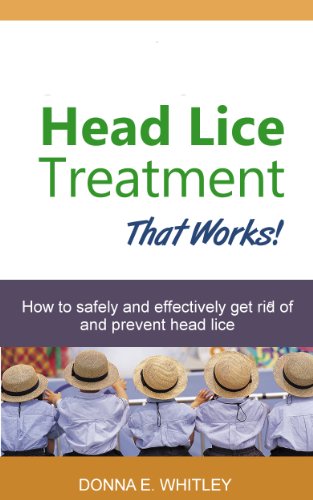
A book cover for Head Lice Treatment That Works! How to Safely and Effectively Get Rid of and Prevent Head Lice; Donna E. Whitley; Health, Fitness & Dieting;